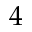
4